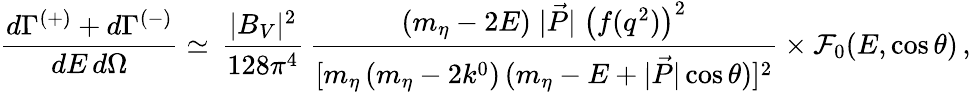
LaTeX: \frac{d\Gamma^{(+)}+d\Gamma^{(-)}}{dE\, d\Omega}\simeq\, \frac{|B_{V}|^{2}}{128\pi^{4}}\, \frac{(m_{\eta}-2E)\; |\vec{P}|\; \left(f(q^{2})\right)^{2}}{[m_{\eta}\, (m_{\eta}-2k^{0})\, (m_{\eta}-E+|\vec{P}|\cos\theta)]^{2}}\times{\cal F}_{0}(E,\cos\theta)\, ,